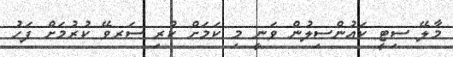
މާލޭ ސިޓީ ކައުންސިލުން ވަނީ މި ކަމަށް ކުރި ސަރވޭ ކުރުމަށް ފަހު